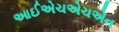
આઈએચએચએન